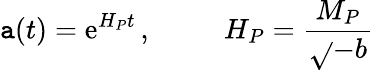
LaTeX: \mathtt{a}(t)=\mathrm{e}^{H_{P}t}\, ,\, \, \, \, \, \, \, \, \, \, \, \, \, \, \, H_{P}=\frac{{M_{P}}}{{\sqrt{}{{-b}}}}